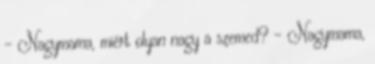
- Nagymama, miért olyan nagy a szemed? - Nagymama,